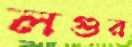
লগুর